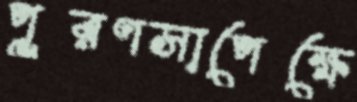
পূরণসাপেক্ষে